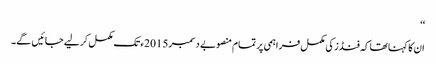
‘‘
ان کا کہنا تھا کہ فنڈز کی مکمل فراہمی پر تمام منصوبے دسمبر 2015ء تک مکمل کر لیے جائیں گے۔